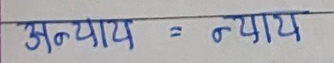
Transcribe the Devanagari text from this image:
अन्याय = न्याय